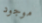
موجود